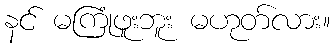
နင် မကြုံဖူးဘူး မဟုတ်လား။